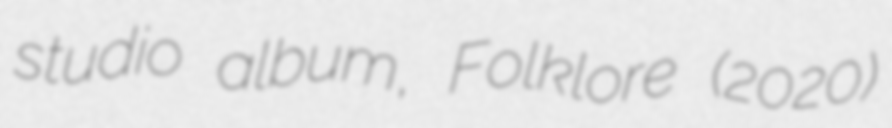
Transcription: studio album, Folklore (2020)